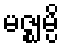
မဇ္ဈမ္ပိ